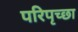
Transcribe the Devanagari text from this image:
परिपृच्छा